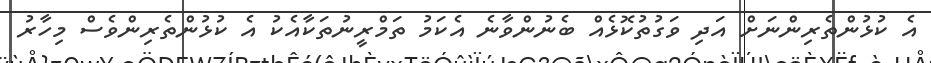
އެ ކުޅުންތެރިންނަށް އަދި ވަގުތުކޮޅެއް ބެނުންވާނެ އެކަމު ތަމްރީނުތަކާއެކު އެ ކުޅުންތެރިންވެސް މިހާރު